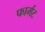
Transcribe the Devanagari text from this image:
फार्मट